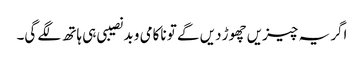
اگر یہ چیزیں چھوڑ دیں گے تو ناکامی و بدنصیبی ہی ہاتھ لگے گی۔